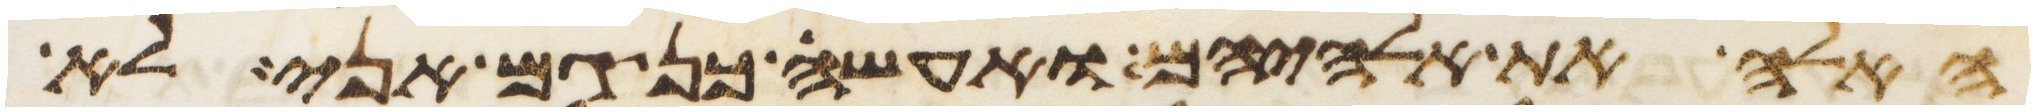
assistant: האלה את אלהיהם ואעשה כן גם אני לא